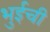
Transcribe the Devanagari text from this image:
भुईची